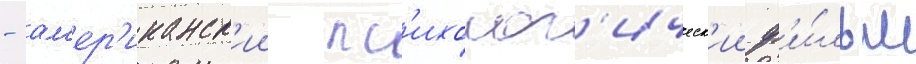
- ам'ер'иканск'ии пс'ихолог'ическ'ии ф'и́льм